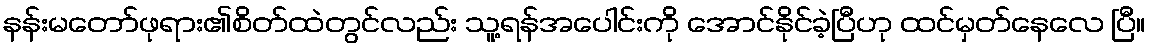
နန်းမတော်ဖုရား၏စိတ်ထဲတွင်လည်း သူ့ရန်အပေါင်းကို အောင်နိုင်ခဲ့ပြီဟု ထင်မှတ်နေလေ ပြီ။